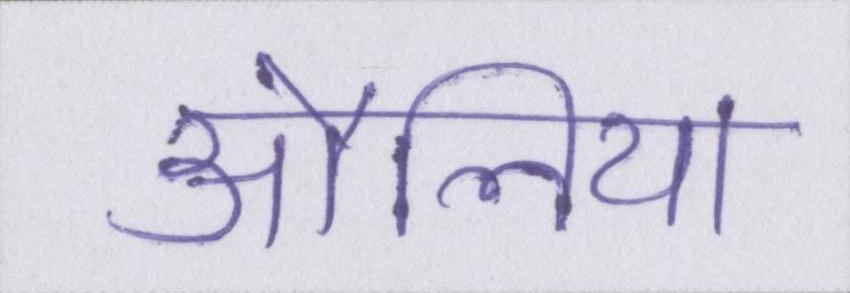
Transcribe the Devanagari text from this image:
औलिया